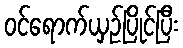
ဝင်ရောက်ယှဉ်ပြိုင်ပြီး